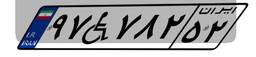
۹۷W۷۸۲۵۲